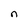
Character: n